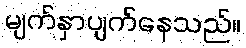
မျက်နှာပျက်နေသည်။